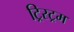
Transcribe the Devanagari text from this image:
ट्रिस्ट्रम